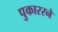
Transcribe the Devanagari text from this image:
पुकाररने